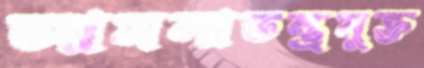
আমলাতন্ত্রমুক্ত